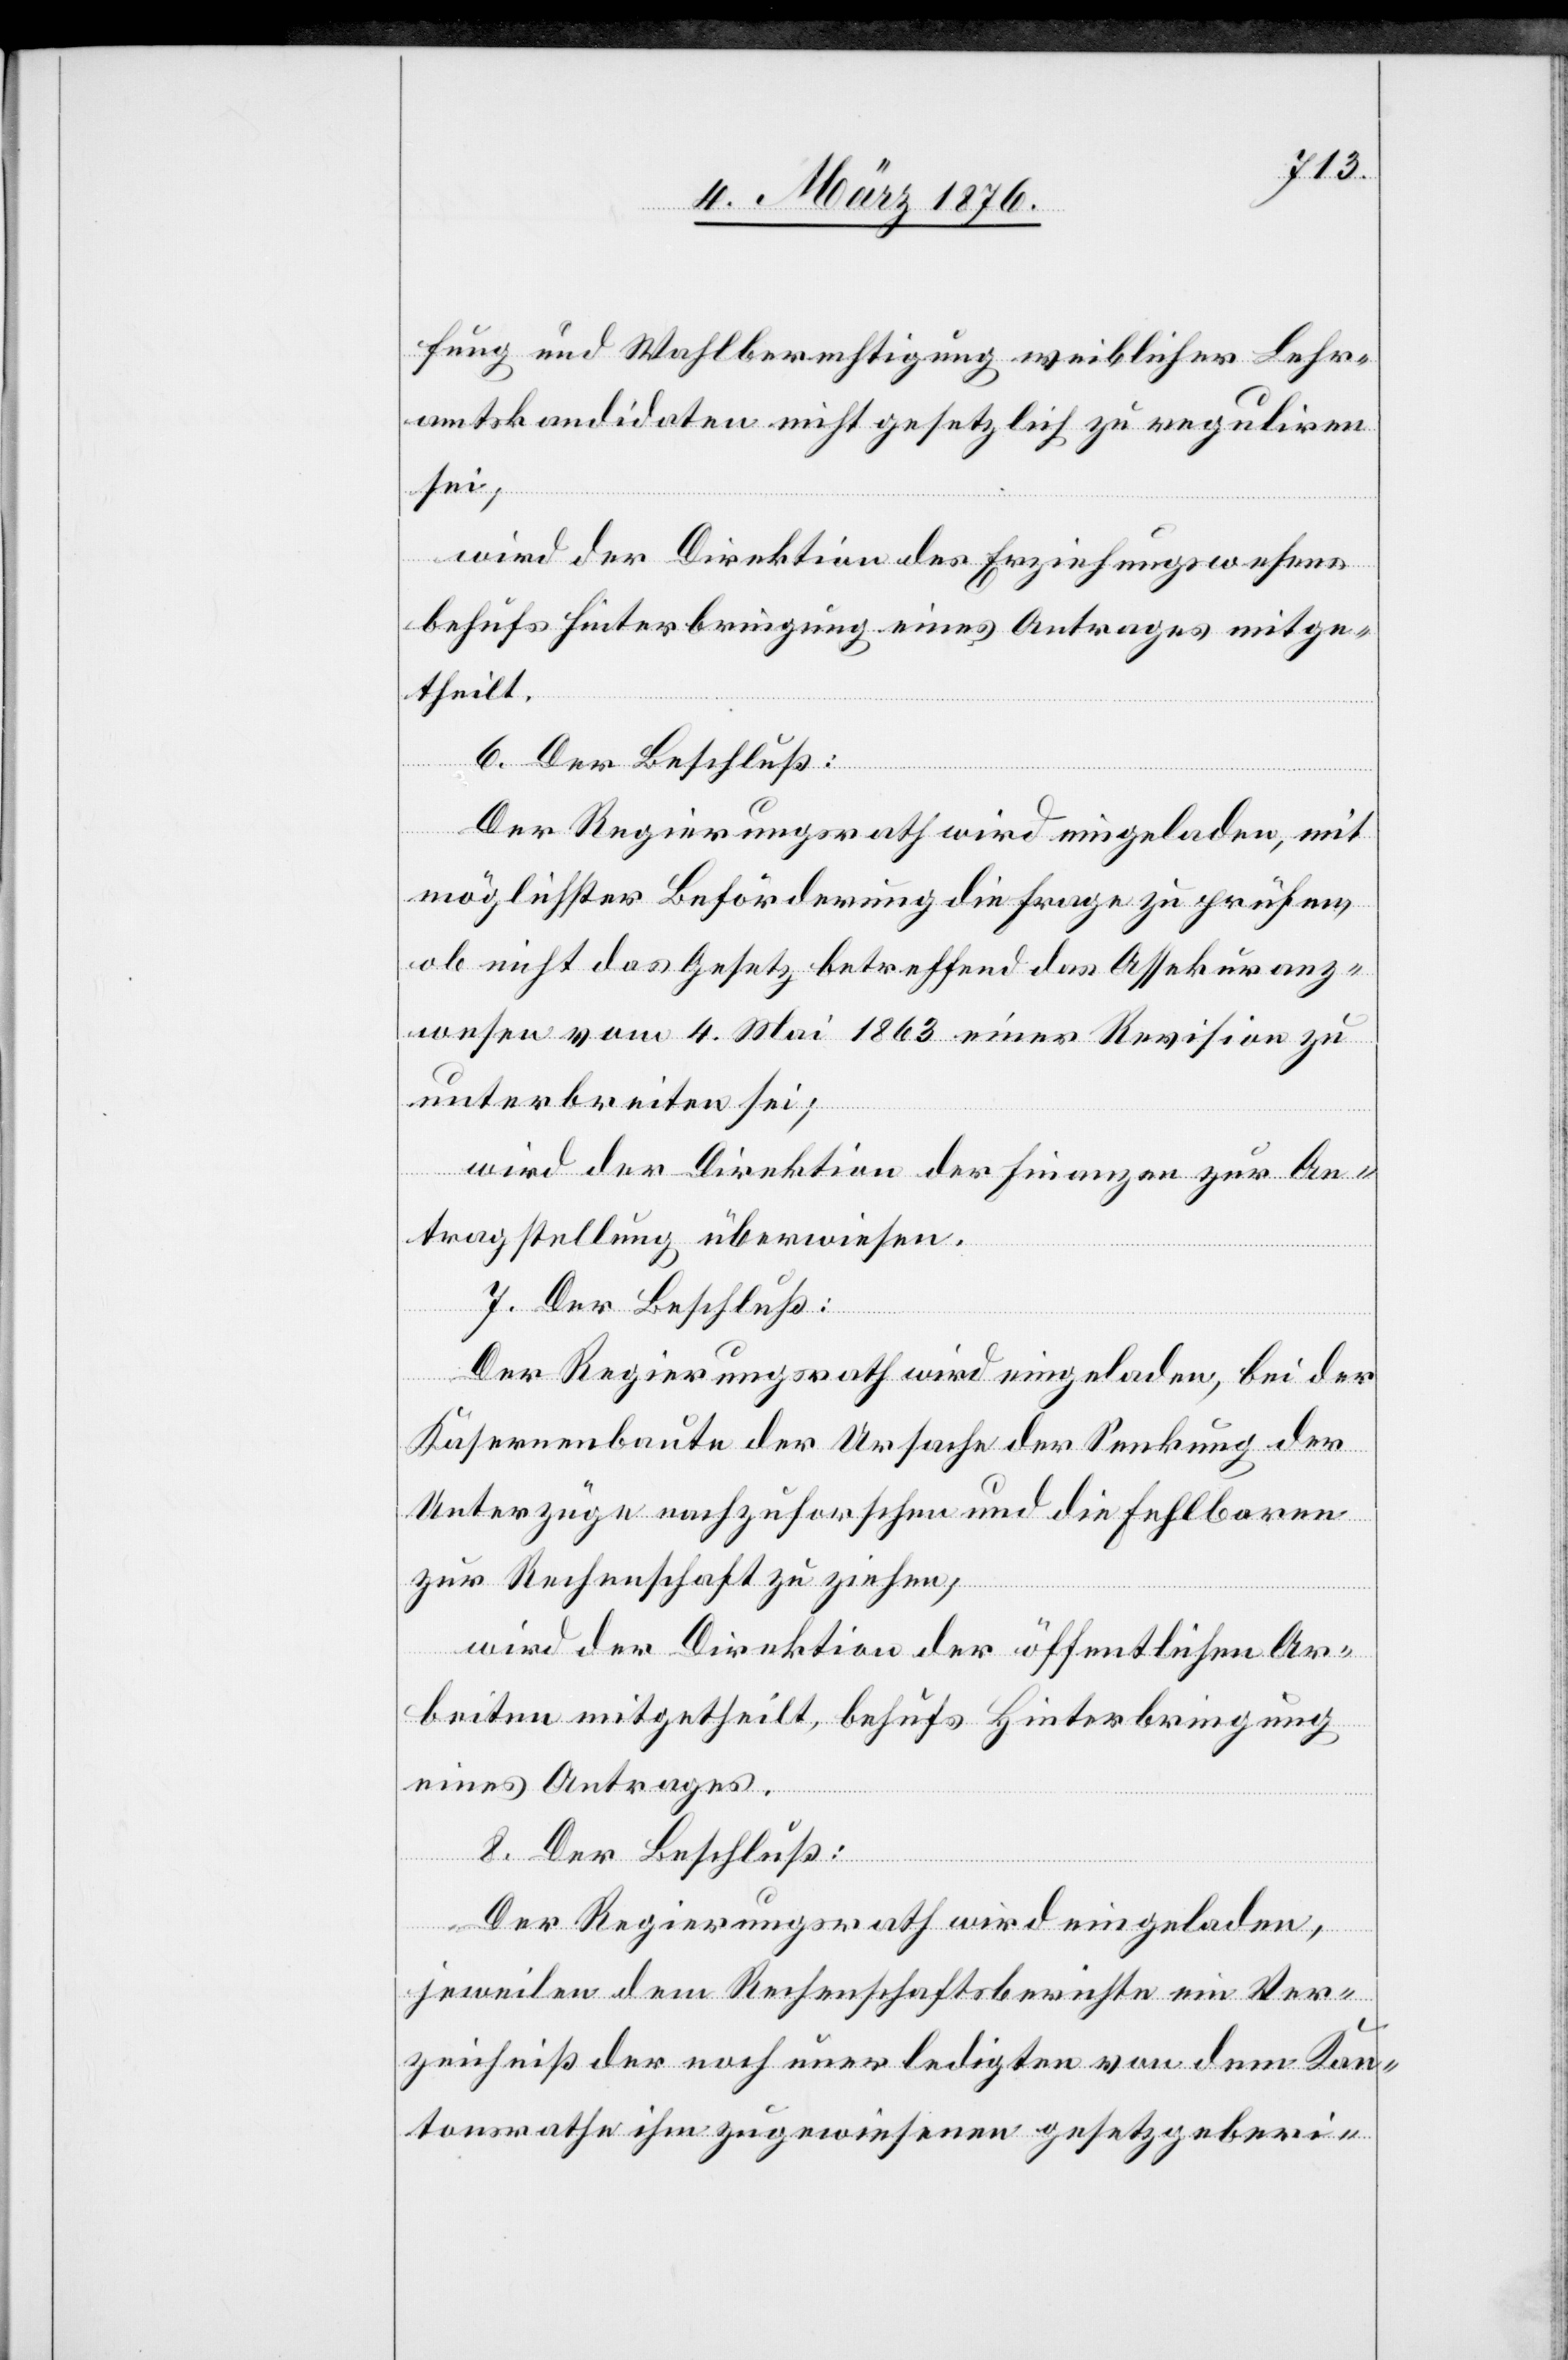
fung und Wahlberechtigung weiblicher Lehr¬
amtskandidaten nicht gesetzlich zu reguliren
sei;
wird der Direktion des Erziehungswesens
behufs Hinterbringung eines Antrages mitge¬
theilt.
6. Der Beschluß:
Der Regierungsrath wird eingeladen, mit
möglichster Beförderung die Frage zu prüfen,
ob nicht das Gesetz betreffend das Assekuranz¬
wesen vom 4. Mai 1863 einer Revision zu
unterbreiten sei;
wird der Direktion der Finanzen zur An¬
tragstellung überwiesen.
7. Der Beschluß:
Der Regierungsrath wird eingeladen, bei der
Kasernenbaute der Ursache der Senkung der
Unterzüge nachzuforschen und die Fehlbaren
zur Rechenschaft zu ziehen;
wird der Direktion der öffentlichen Ar¬
beiten mitgetheilt, behufs Hinterbringung
eines Antrages.
8. Der Beschluß:
Der Regierungsrath wird eingeladen,
jeweilen dem Rechenschaftsberichte ein Ver¬
zeichniß der noch unerledigten von dem Kan¬
tonsrathe ihm zugewiesenen gesetzgeberi-